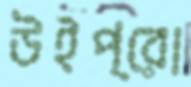
উইপ্রো